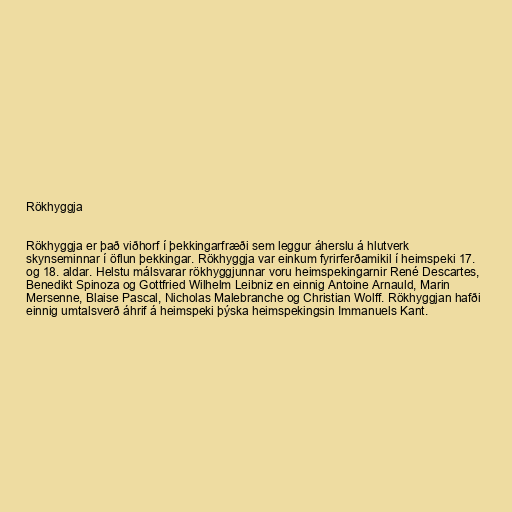
Rökhyggja

Rökhyggja er það viðhorf í þekkingarfræði sem leggur áherslu á hlutverk
skynseminnar í öflun þekkingar. Rökhyggja var einkum fyrirferðamikil í heimspeki 17.
og 18. aldar. Helstu málsvarar rökhyggjunnar voru heimspekingarnir René Descartes,
Benedikt Spinoza og Gottfried Wilhelm Leibniz en einnig Antoine Arnauld, Marin
Mersenne, Blaise Pascal, Nicholas Malebranche og Christian Wolff. Rökhyggjan hafði
einnig umtalsverð áhrif á heimspeki þýska heimspekingsin Immanuels Kant.